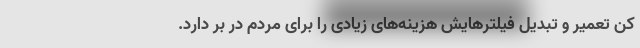
کن تعمیر و تبدیل فیلتر‌هایش هزینه‌های زیادی را برای مردم در بر دارد.